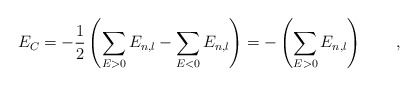
\begin{align*}E_C = -\frac{1}{2}\left( \sum_{E>0} E_{n,l} -\sum_{E<0} E_{n,l}\right) = -\left(\sum_{E>0} E_{n,l}\right)\qquad,\end{align*}